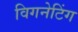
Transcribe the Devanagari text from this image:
विगनेटिंग